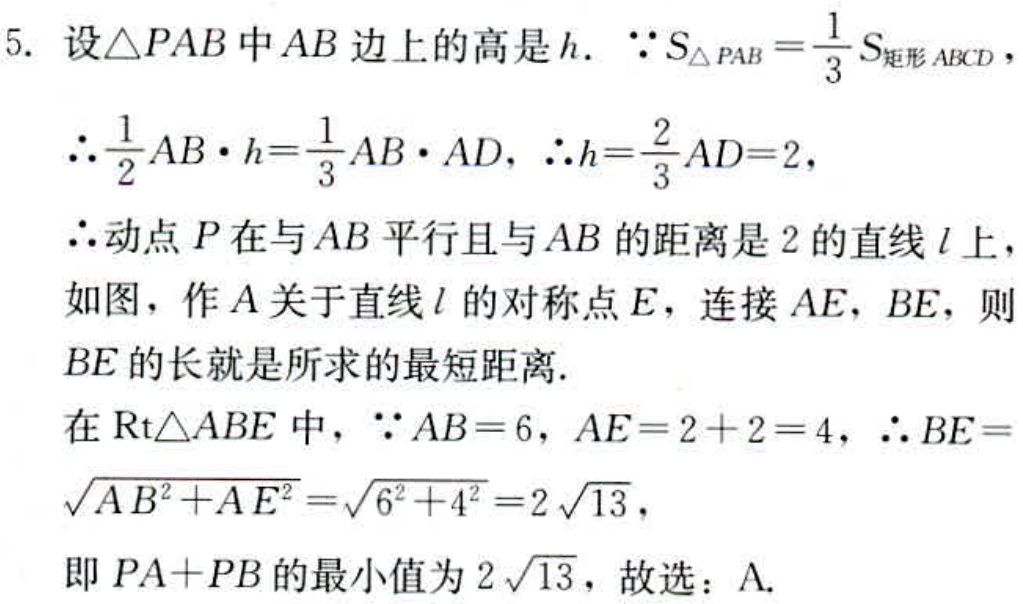
5. 设\(\triangle PAB\)中\(AB\)边上的高是\(h\). \(\because S_{\triangle PAB}=\frac{1}{3}S_{矩形ABCD}\)，
\(\therefore\frac{1}{2}AB\cdot h = \frac{1}{3}AB\cdot AD\)，\(\therefore h=\frac{2}{3}AD = 2\)，
\(\therefore\)动点\(P\)在与\(AB\)平行且与\(AB\)的距离是\(2\)的直线\(l\)上，
如图，作\(A\)关于直线\(l\)的对称点\(E\)，连接\(AE\)，\(BE\)，则
\(BE\)的长就是所求的最短距离.
在\(Rt\triangle ABE\)中，\(\because AB = 6\)，\(AE = 2 + 2 = 4\)，\(\therefore BE=\sqrt{AB^{2}+AE^{2}}=\sqrt{6^{2}+4^{2}} = 2\sqrt{13}\)，
即\(PA + PB\)的最小值为\(2\sqrt{13}\)，故选：A.